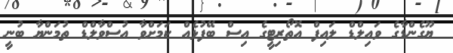
ޔޫގެންޑާގެ ވަައިލްޑް ލައިފް އޮތޯރިޓީގެ އިސް ބޭފުޅެއް ކަމަށްވާ އުސްވާލްޑް ތުމަންޔާ ބުނީ